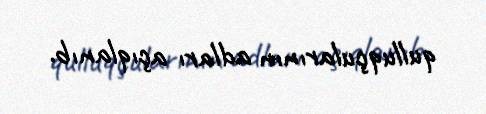
qulluqçularının adları açıqlanıb.